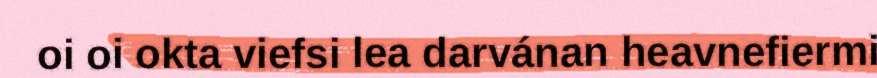
oi oi okta viefsi lea darvánan heavnefiermi